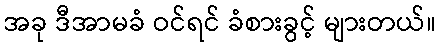
အခု ဒီအာမခံ ဝင်ရင် ခံစားခွင့် များတယ်။